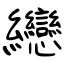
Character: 纞